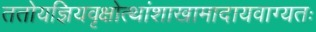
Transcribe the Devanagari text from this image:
ततोयज्ञियवृक्षोत्थांशाखामादायवाग्यतः